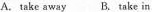
A. take away B. Take in